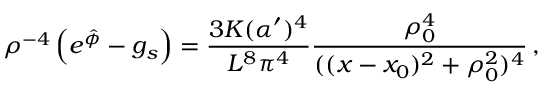
\rho ^ { - 4 } \left( e ^ { \hat { \phi } } - g _ { s } \right) = { \frac { 3 K ( \alpha ^ { \prime } ) ^ { 4 } } { L ^ { 8 } \pi ^ { 4 } } } { \frac { \rho _ { 0 } ^ { 4 } } { ( ( x - x _ { 0 } ) ^ { 2 } + \rho _ { 0 } ^ { 2 } ) ^ { 4 } } } \, ,